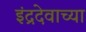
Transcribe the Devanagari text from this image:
इंद्रदेवाच्या